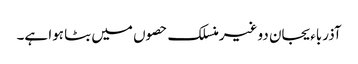
آذرباءیجان دو غیرمنسلک حصوں میں بٹا ہوا ہے۔